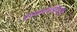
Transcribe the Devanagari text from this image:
एलआरटीआइ